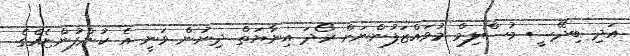
އަދި ބިދޭސީ މުސްލިމް މުވައްޒަފުންނަށް ރޯދަ އިނާޔަތް ދިނުން ވަނީ އެ ކުންފުންޏެއްގެ